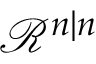
{ \mathcal { R } } ^ { n | n }